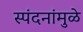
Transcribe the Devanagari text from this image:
स्पंदनांमुळे